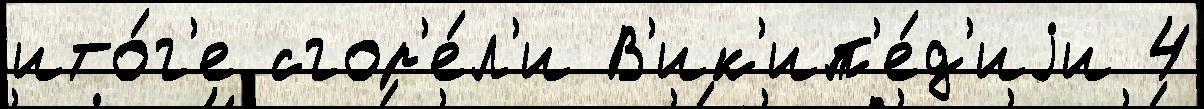
ито́г'е сгор'е́л'и В'ик'ип'е́д'иjи 4